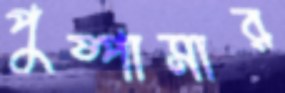
পুষ্পাসার